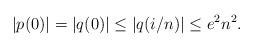
LaTeX: \begin{align*}|p(0)| =|q(0)| \le |q(i/n)| \le e^2 n^2. \end{align*}